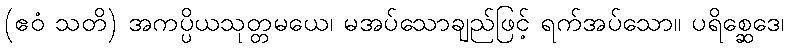
(ဧဝံ သတိ) အကပ္ပိယသုတ္တမယေ၊ မအပ်သောချည်ဖြင့် ရက်အပ်သော။ ပရိစ္ဆေဒေ၊